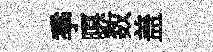
季暝数盖